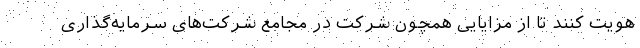
هویت کنند تا از مزایایی همچون شرکت در مجامع شرکت‌های سرمایه‌گذاری